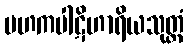
မဟကပါဋိဟာရိယသုတ္တံ